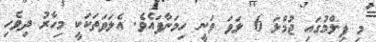
މި ފިލްމުގައި ޖުމްލަ 6 ލަވަ ވަނީ ހިމަނާފައެވެ. އެލަވަތަކަކީ މިހާރު ދިވެހި